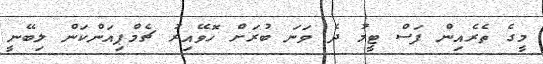
މީގެ ތެރެއިން ފަސް ޓީމު ދެ ވަނަ ބުރަށް ހޮވޭއިރު ޗެމްޕިއަންކަން ލިބޭނީ